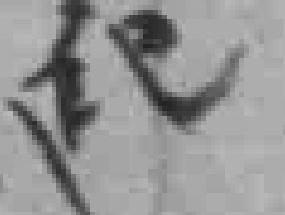
紀